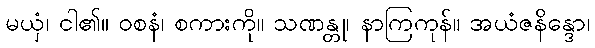
မယှံ၊ ငါ၏။ ဝစနံ၊ စကားကို။ သဏန္တု၊ နာကြကုန်။ အယံဇနိန္ဒော၊